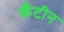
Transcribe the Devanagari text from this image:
कँटीन